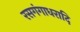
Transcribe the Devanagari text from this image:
रसगंगाधरादि